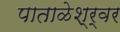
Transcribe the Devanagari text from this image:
पाताळेश्र्वर